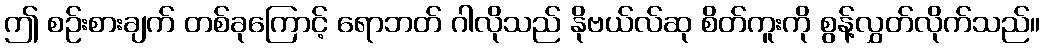
ဤ စဉ်းစားချက် တစ်ခုကြောင့် ရောဘတ် ဂါလိုသည် နိုဗယ်လ်ဆု စိတ်ကူးကို စွန့်လွှတ်လိုက်သည်။